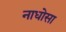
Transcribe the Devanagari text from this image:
नाधोसा